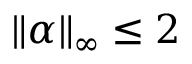
\| \alpha \| _ { \infty } \leq 2